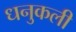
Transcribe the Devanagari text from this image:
धनुकली